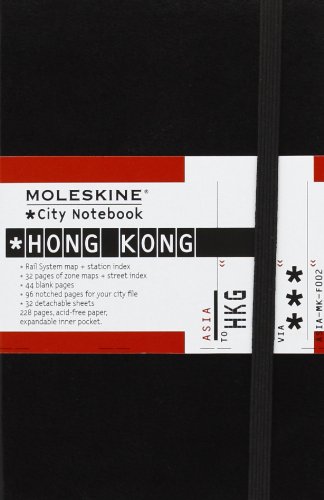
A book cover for Moleskine City Notebook Hong Kong; Moleskine; Travel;